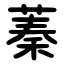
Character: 蓁